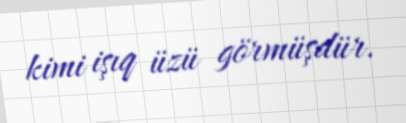
kimi işıq üzü görmüşdür.